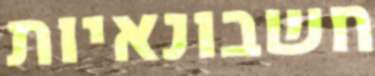
חשבונאיות